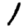
Digit: 1